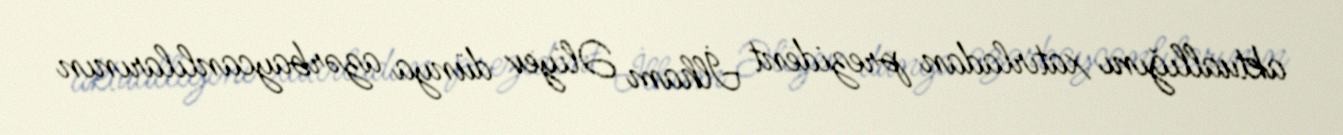
aktuallığını xatırladan prezident İlham Əliyev dünya azərbaycanlılarının